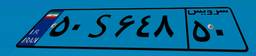
۶۷S۳۲۸۷۶